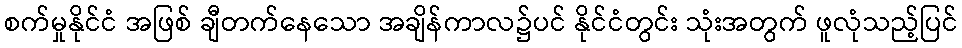
စက်မှုနိုင်ငံ အဖြစ် ချီတက်နေသော အချိန်ကာလ၌ပင် နိုင်ငံတွင်း သုံးအတွက် ဖူလုံသည့်ပြင်